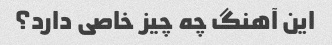
این آهنگ چه چیز خاصی دارد؟